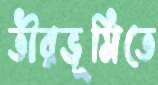
তীরভূমিতে